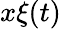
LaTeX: x\xi(t)